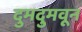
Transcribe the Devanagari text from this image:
दुमदुमवून